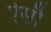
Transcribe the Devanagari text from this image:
ऐसौ